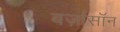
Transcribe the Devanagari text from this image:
बर्ज़ासॉन